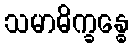
သမာဓိက္ခန္ဓေ